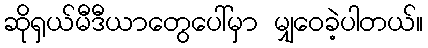
ဆိုရှယ်မီဒီယာတွေပေါ်မှာ မျှဝေခဲ့ပါတယ်။